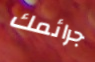
جرائمك